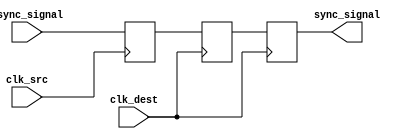
module triple_ff_synchronizer (
    input  wire async_signal,   // Input signal from source clock domain
    input  wire clk_src,        // Clock signal of source domain
    input  wire clk_dest,       // Clock signal of destination domain
    output reg  sync_signal      // Synchronized output signal in destination clock domain
);

    // Internal signals to hold the output of the flip-flops
    reg ff1_out;  // Output of the first flip-flop
    reg ff2_out;  // Output of the second flip-flop

    // First Flip-Flop, triggered by clk_src
    always @(posedge clk_src) begin
        ff1_out <= async_signal;
    end

    // Second Flip-Flop, triggered by clk_dest
    always @(posedge clk_dest) begin
        ff2_out <= ff1_out; // Synchronize async_signal to clk_dest domain
    end

    // Third Flip-Flop, triggered by clk_dest
    always @(posedge clk_dest) begin
        sync_signal <= ff2_out; // Final synchronized output
    end

endmodule